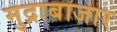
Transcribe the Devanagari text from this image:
मुद्राबाजार